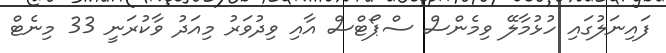
ފައިނަލުގައި ހުޅުމާލޭ ވިމެންސް ސްޕޯޓްސް އާއި ވިދުވަރު މިއަދު ވާކުރަނީ 33 މިނެޓް